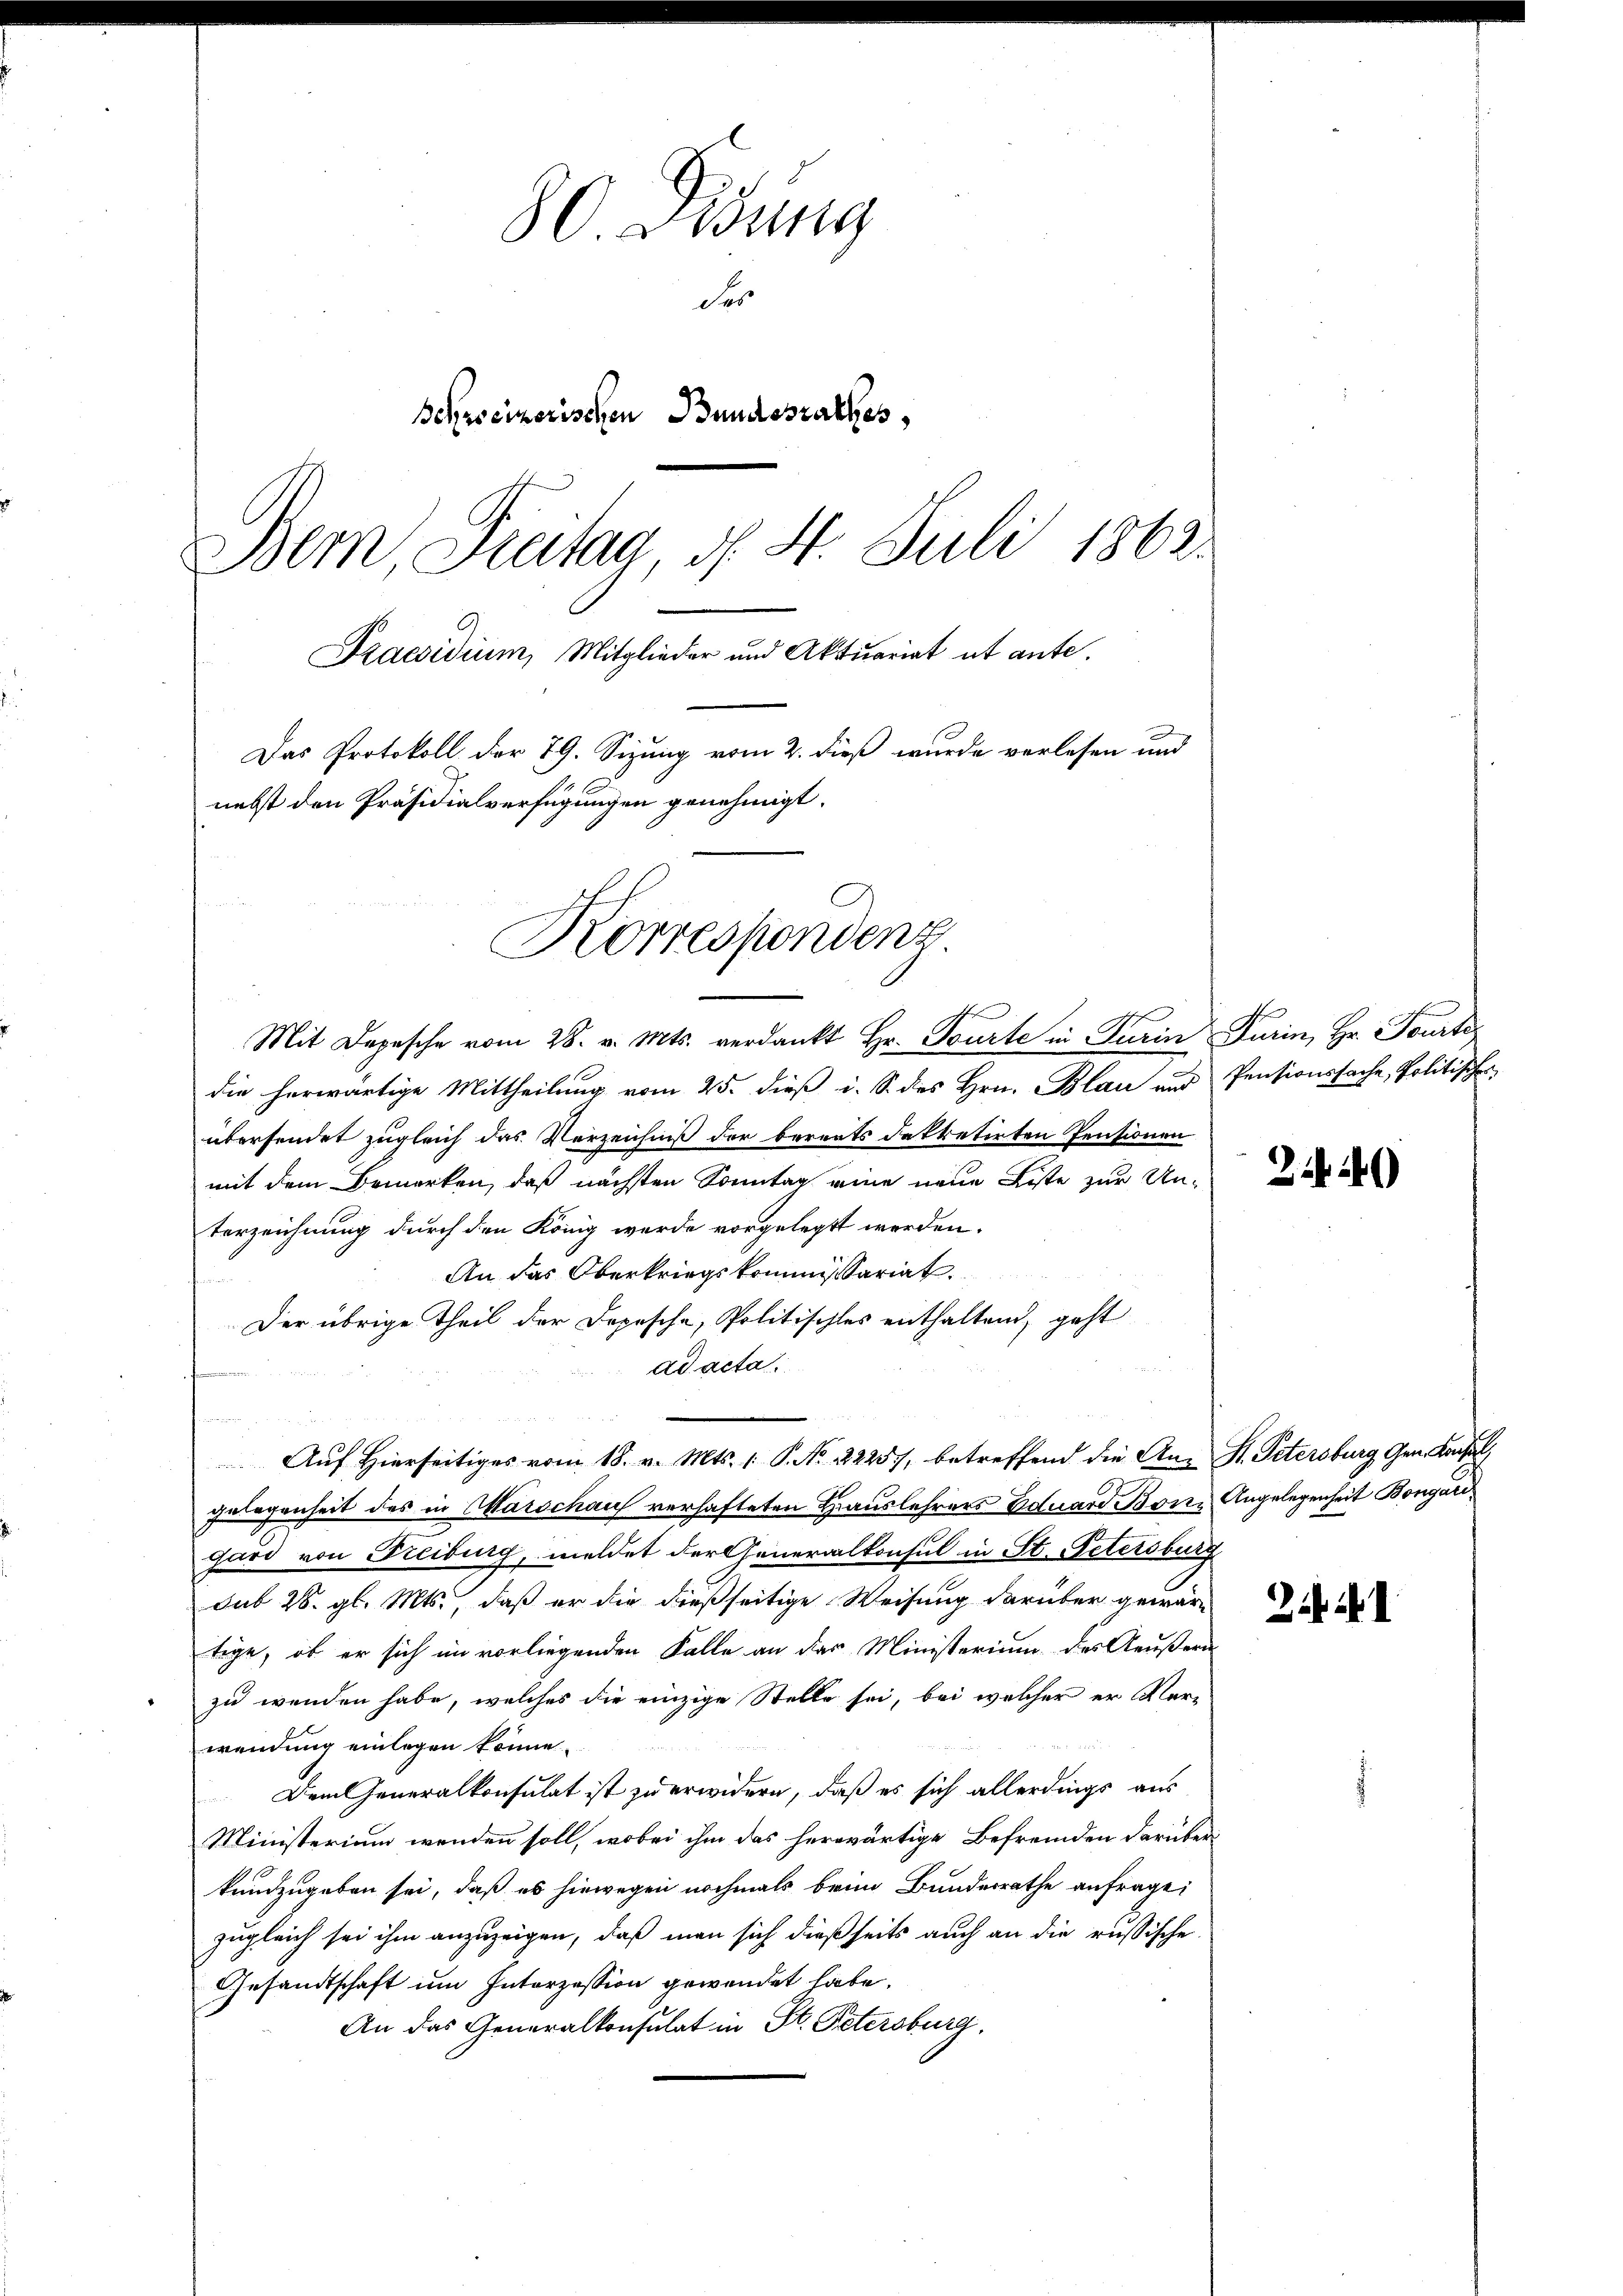
80. Desung
der
Beksseizerischen Bundesrathes,
Bem, Freitag, d. 4. Juli 1862.
Praesidium, Mitglieder und Aktuariat ut ante.
Das Protokoll der 79. Sizung vom 2. dieß wurde verlesen und
nebst den Präsidialverfügungen genehmigt.

Korrespondenz.

Mit Depesche vom 28. v. Mts. verdankt Hr. Tourte in Turin Turin, Hr. Feurte
die herwärtige Mittheilung vom 25. dieß i. S. des Hrn. Blau aus Pensionssache, Politisches
übersendet zugleich das Verzeichniß der bereits dekretirten Pensionen
mit dem Bemerken, daß nächsten Sonntag eine neue Liste zur Unterzeichnung durch den König werde vorgelegt werden.
An das Oberkriegskommissariat
Der übrige Theil der Dopische, Politischtes enthaltend, geht
ad acta
t
Auf Hierseitiges vom 18. v. Mts. 1. P. No. 22257, betreffend die An- St. Petersburg Gen. Keise
gelegenheit des in Marschaus verhafteten Hauslehrers Eduard Bone Angelegenheit Bongari
gard von Freiburg, meldet der Generalkonsul in St. Petersburg
sub 28. gl. Mts., daß er die dießseitige Weisung darüber gewärtige, ob er sich im vorliegenden Falle an das Ministerium des Aeußern
zu wenden habe, welches die einzige Stelle sei, bei welcher er Ver-
wendung einlegen könne.
Dem Generalkonsulat ist zu erwidern, daß es sich allerdings aus
Ministerium wenden soll, wobei ihm das herwärtige Befremden darüber
kundzugeben sei, daß es hiewegen nochmals beim Bundesrathe anfrage:
zugleich sei ihm anzuzeigen, daß man sich dießseits auch an die russische
Gesandtschaft um Interzession gewendet habe.
An das Generalkonsulat in St. Petersburg,

24)

Zih ihr